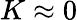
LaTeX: K\approx 0